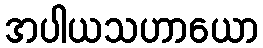
အပါယသဟာယော